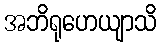
အဘိရုဟေယျာသိ